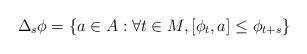
LaTeX: \begin{align*}\Delta_s\phi & = \{ a\in A : \forall t\in M, [\phi_t,a]\leq \phi_{t+s}\}\end{align*}